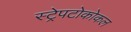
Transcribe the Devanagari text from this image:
स्ट्रेपटोकोकल